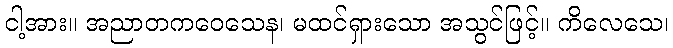
ငါ့အား။ အညာတကဝေသေန၊ မထင်ရှားသော အသွင်ဖြင့်။ ကိလေသေ၊